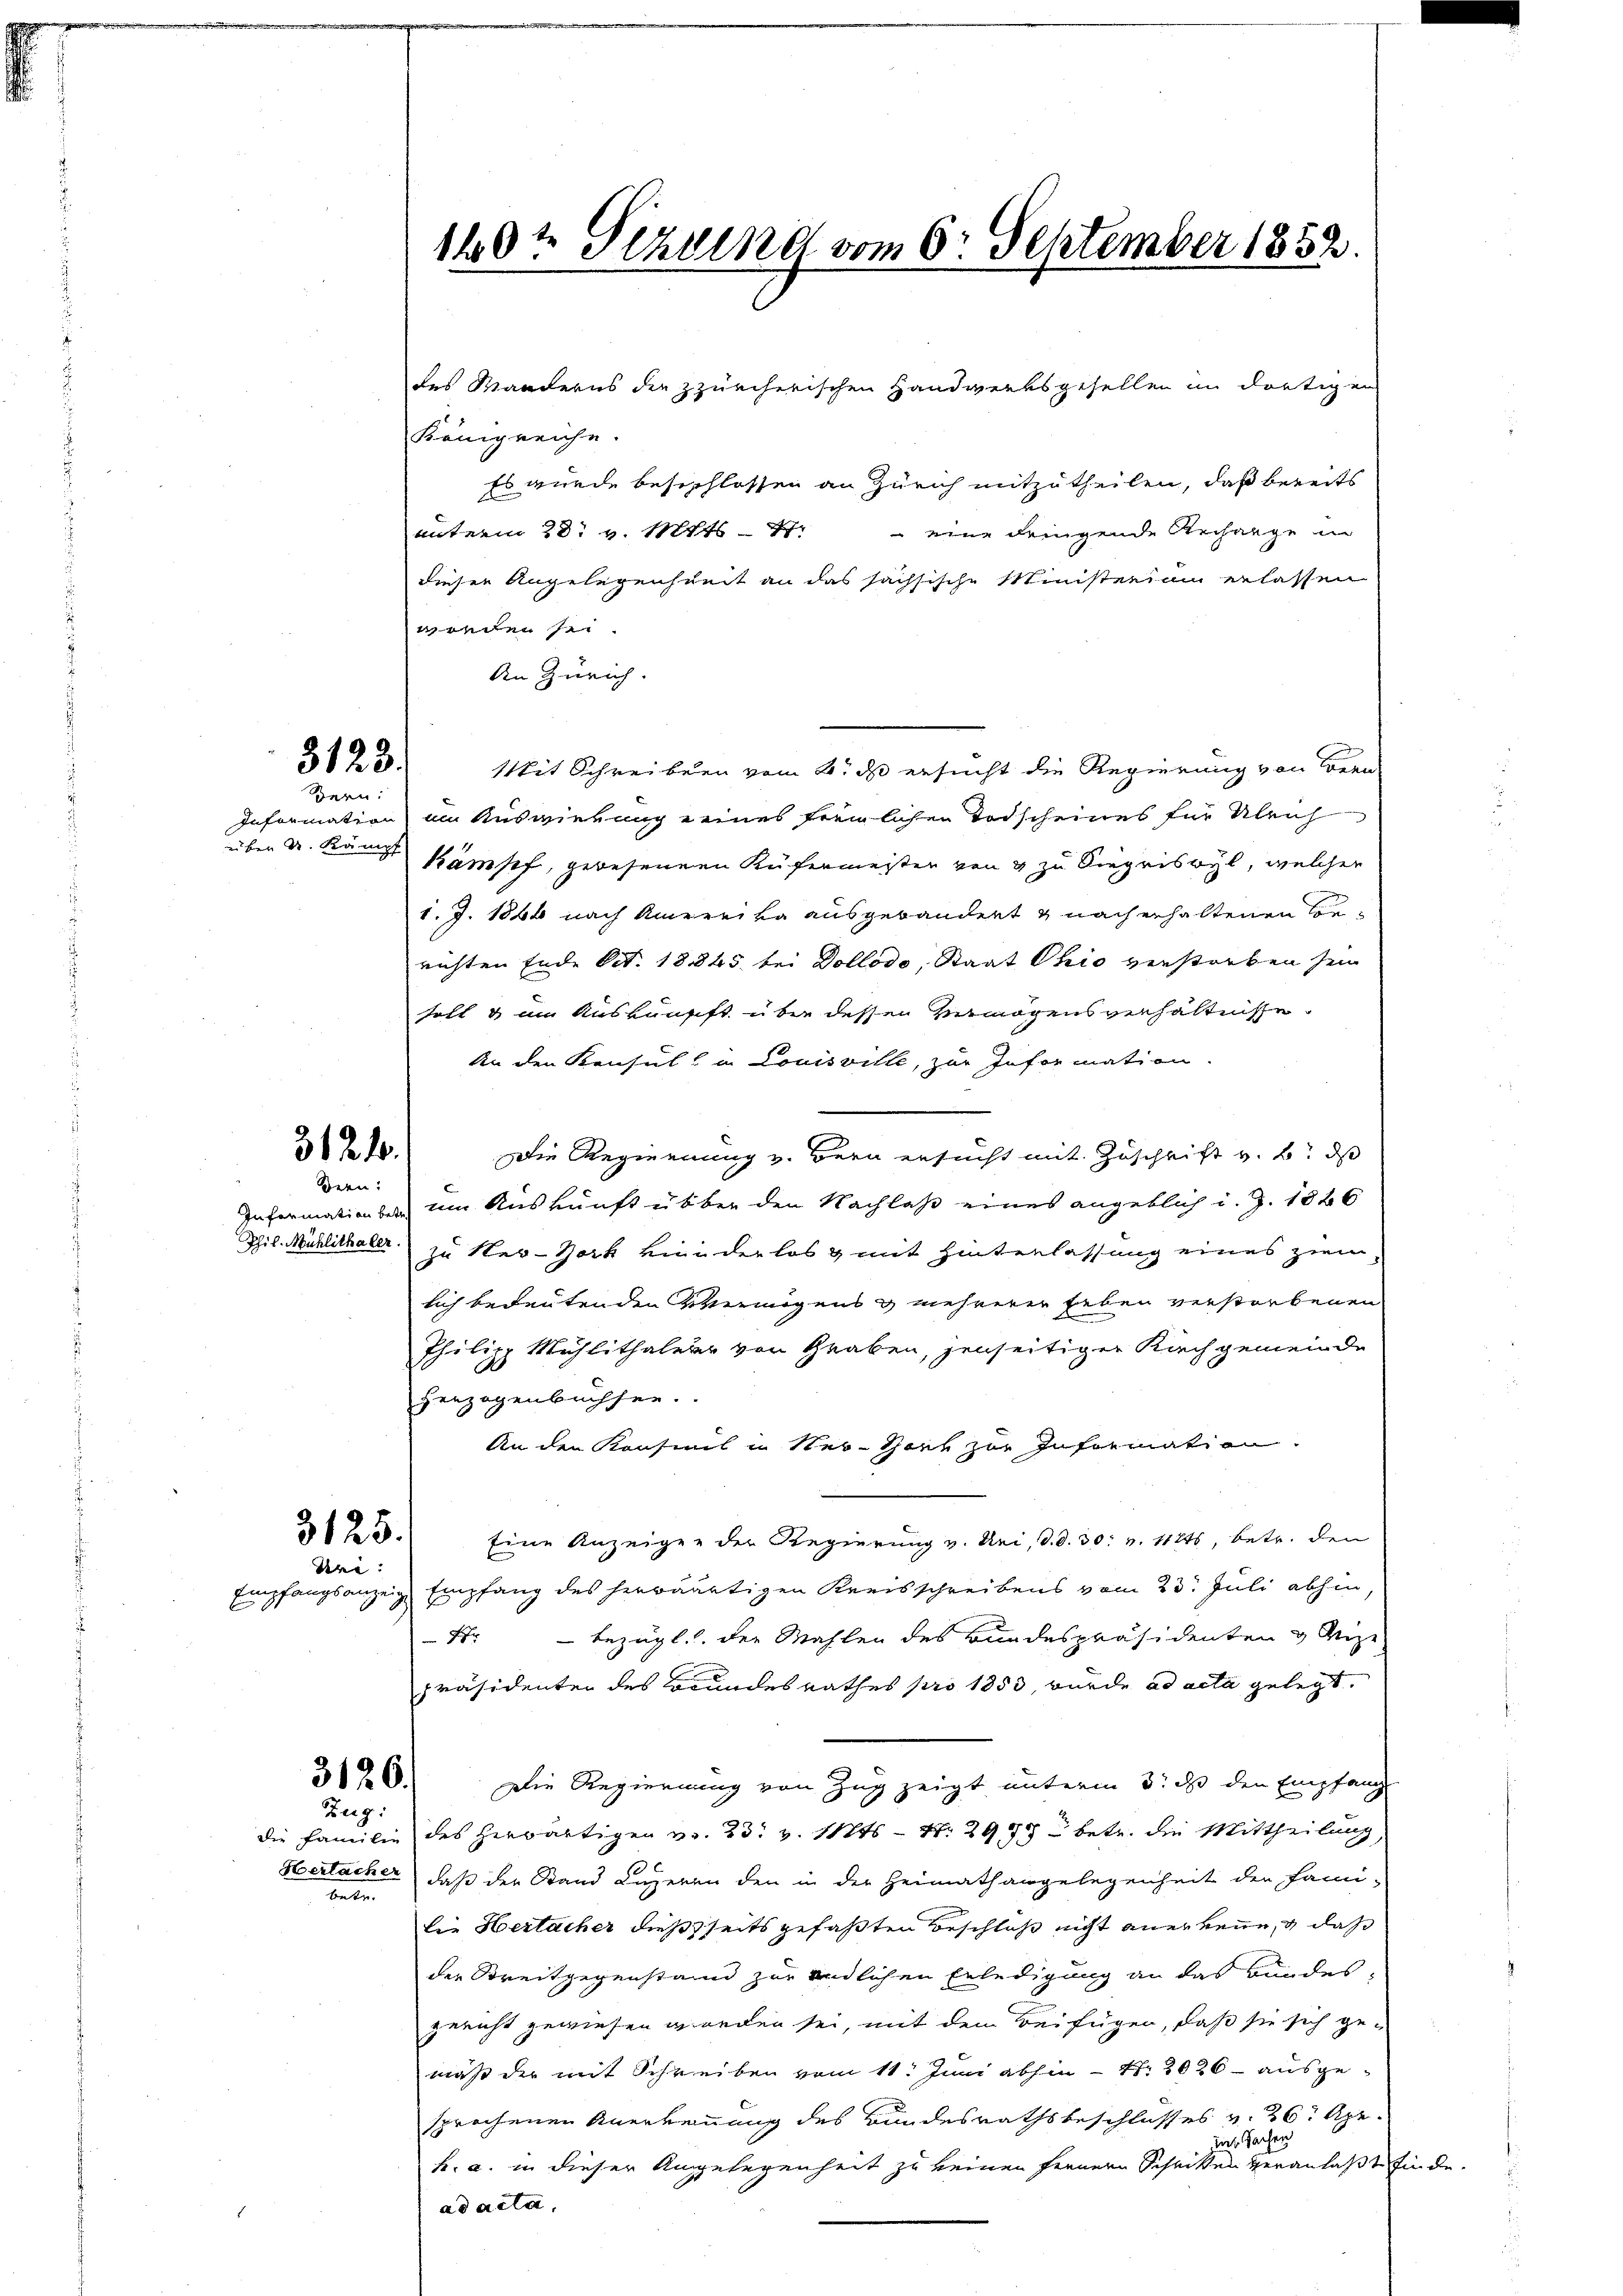
3123.
Bern:

über u. Kämpf

31210.
Bern:

3125.
dre:

beten

des Manderns die zürcherischen Handwerksgesellen im dortigen
Königreiche.
Es wurde beseschlossen an Zürich mitzutheilen, daß bereits
unterm 28. v. Mts. – 27.
 eine dringende Anhange in
dieser Angelegenheit an das sachsische Ministerium erlassen
werden sei.
An Zürich.
Mit Schreiben vom 8. ds ersucht die Regierung von Bern
Information im Auswietung eines freilichen Todscheines für Ulrich
kämpf, gewesenen Küfermeister von 8 zu Siegriswyl, welcher
1. J. 1844 nach Amerika ausgebändert & nach erhaltenen Berichten Ende Oct. 18845 bei Dollodo, Staat Ohio verstorben sein
soll & im Auskunft über dessen Vermögensverhältnisse
An den Konsul in Louisville, zur Information.
Die Regierung v. Bern ersucht mit Zuschrift v. B. das
Informatienberg um Auskunft über den Nachlaß eines angeblich d. J. 1826
Phil. Muhlithaler zu New-York Hinderlos & mit Hinterlassung eines ziem
sich bedeutenden Weinigens g mehrerer Leben verstorbenen
Philipp Mühlithalerer von Graben, jenseitiger Kachgemeinde
Herzogenbüchsen.
An den Kaufmil in New-York zur Information.
Eine Anzeigen der Regierung v. Uri, d. d. 30. v. 112ts, betr. den
Empfangsanzeige Empfang des herwärtigen Kreisschreibens vom 23. Juli abhin,
xx
 bezügl. Der Mahlen des Bundespräsidenten & Weize
Präsidenten des Bundesrathes pro 1853, wurde ad acta gelegt.
Die Regierung von Zug zeigt unterm 3. ds den Empfang
die Familie des herwärtigen v. 23. v. Mts. - N. 2979 betr. die Mittheilung,
Oertacher, daß der Stand Luzeren den in der Heimathangelegenheit der Fami-
die Hertacher dießseits gefaßten Beschloß nicht anerkenne, daß
der Streitgegenstand zur endlichen Erledigung an das Bundes-
gericht gewiesen worden sei, mit dem Beifügen, daß sie sich ge-
mäß der mit Schreiben vom 11. Juni abhin - Nr. 2026 - ausgesprochenen Anerkennung des Bundesrathsbeschlusses v. 26. Apr.
das Sachen
h. a. in dieser Angelegenheit zu keinen fernern Schritten veranlaßt finde.
ad acta

3126.
Zug.

120t Sezung vom 6. September 1852.